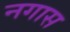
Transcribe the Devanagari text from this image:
नगास